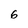
Character: 6